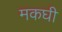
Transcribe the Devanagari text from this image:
मकघी